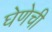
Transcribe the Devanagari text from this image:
घेणेची